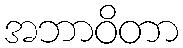
အဘာဝိတာ